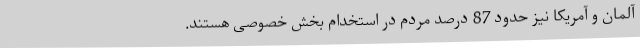
آلمان و آمریکا نیز حدود 87 درصد مردم در استخدامِ بخش خصوصی هستند.